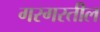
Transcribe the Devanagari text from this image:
गरगरतील